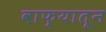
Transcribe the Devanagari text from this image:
वाफ्यातून